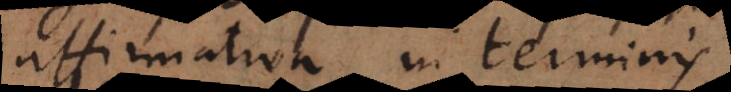
affirmativa in terminis